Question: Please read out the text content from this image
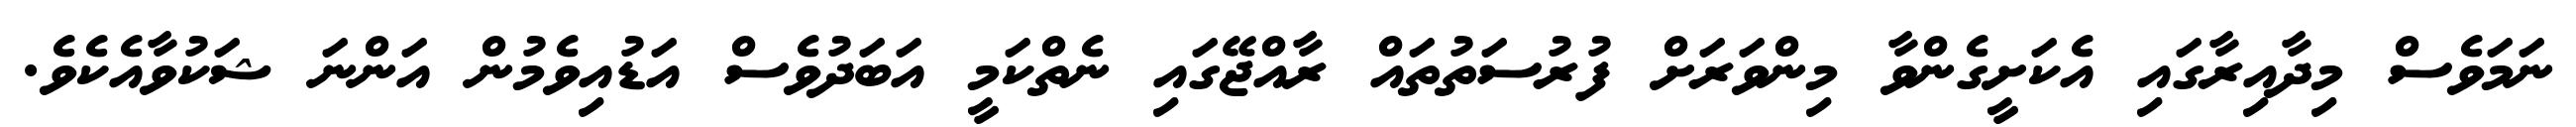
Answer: ނަމަވެސް މިދާއިރާގައި އެކަށީގެންވާ މިންވަރަށް ފުރުސަތުތައް ރާއްޖޭގައި ނެތްކަމީ އަބަދުވެސް އަޑުއިވެމުން އަންނަ ޝަކުވާއެކެވެ.